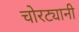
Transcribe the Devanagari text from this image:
चोरट्यानी